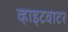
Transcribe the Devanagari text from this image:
व्हाइटवाटर